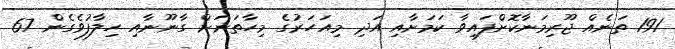
191 ތަނެއް ޖޫރިމަނާކޮށްފައިވާ ކަމަށާއި އަދި މިއަހަރުގެ މިހާތަނަށް ގާނޫނާއި ހިލާފުވެގެން 67